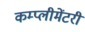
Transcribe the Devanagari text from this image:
कम्प्लीमेंटरी